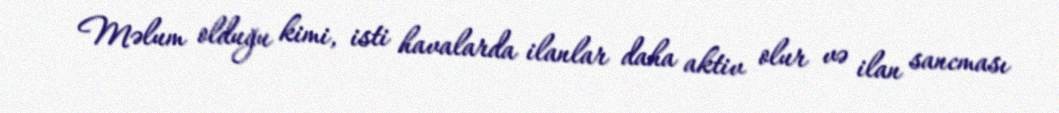
Məlum olduğu kimi, isti havalarda ilanlar daha aktiv olur və ilan sancması